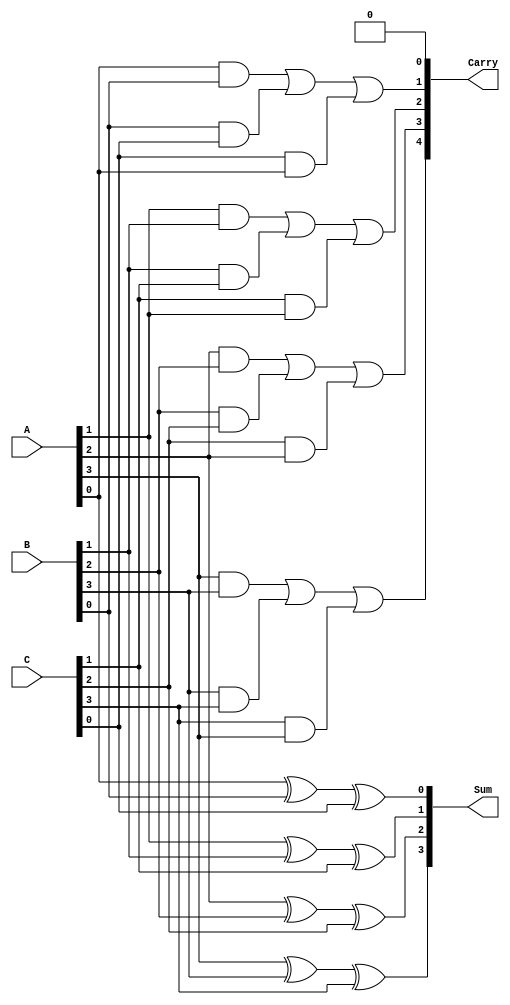
module carry_save_adder #(
    parameter n = 4 // Width of the inputs
)(
    input  wire [n-1:0] A, // First input
    input  wire [n-1:0] B, // Second input
    input  wire [n-1:0] C, // Third input
    output wire [n-1:0] Sum, // Sum output
    output wire [n:0]   Carry // Carry output
);

    // Intermediate signals for carry bits
    wire [n:0] carry;

    // Assign the first carry bit to 0
    assign carry[0] = 1'b0;

    // Generate Sum and Carry for each bit position
    genvar i;
    generate
        for (i = 0; i < n; i = i + 1) begin : CSA
            // Calculate the sum bit
            assign Sum[i] = A[i] ^ B[i] ^ C[i];

            // Calculate the carry bit
            assign carry[i + 1] = (A[i] & B[i]) | (B[i] & C[i]) | (C[i] & A[i]);
        end
    endgenerate

    // Assign the final carry output
    assign Carry = carry;

endmodule